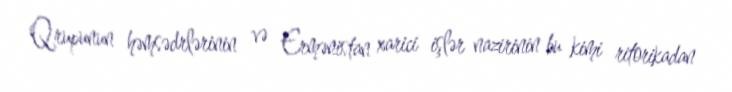
Qrupunun həmsədrlərinin və Ermənistan xarici işlər nazirinin bu kimi ritorikadan